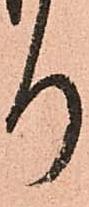
り